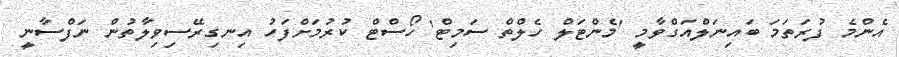
އެންމެ ފުރަތަމަ ބައިނަލްއަގްވާމީ 'މެންޓަލް ހެލްތް ސަމިޓް' ހޯސްޓް ކުރުމަށްފަހު އިނގިރޭސިވިލާތުން ނަފްސާނީ